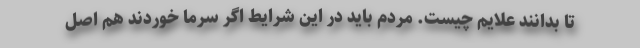
تا بدانند علایم چیست. مردم باید در این شرایط اگر سرما خوردند هم اصل